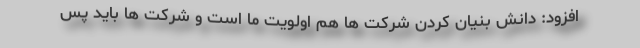
افزود: دانش بنیان کردن شرکت ها هم اولویت ما است و شرکت ها باید پس